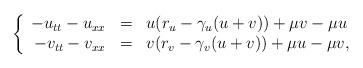
LaTeX: \begin{align*} \left\{ \begin{array}{rcl} -u_{tt}-u_{xx}&=&u(r_u-\gamma_u(u+v))+\mu v-\mu u \\ -v_{tt}-v_{xx}&=&v(r_v-\gamma_v(u+v))+\mu u-\mu v, \\ \end{array} \right.\end{align*}